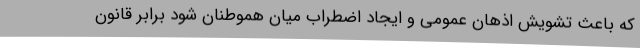
که باعث تشویش اذهان عمومی و ایجاد اضطراب میان هموطنان شود برابر قانون